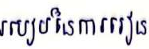
របៀបនៃការរៀន